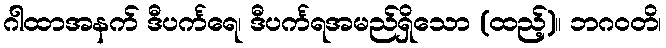
ဂါထာအနက် ဒီပင်္ကရေ၊ ဒီပင်္ကရအမည်ရှိသော (ထည့်)။ ဘဂဝတိ၊